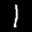
Label: 1